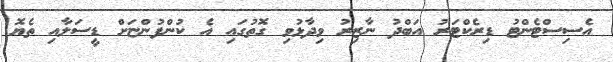
އެސިސްޓެންޓު ޑިރެކްޓަރު އަބްދު ނާޒިރު ވިދާޅުވި ގޮތުގައި އެ ކުންފުންޏަށް ޑީސަލާއި ތެޔޮ